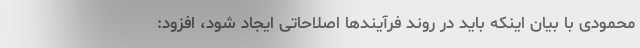
محمودی با بیان اینکه باید در روند فرآیندها اصلاحاتی ایجاد شود، افزود: